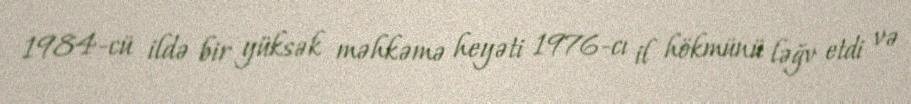
1984-cü ildə bir yüksək məhkəmə heyəti 1976-cı il hökmünü ləğv etdi və